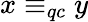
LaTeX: x\equiv_{qc}y